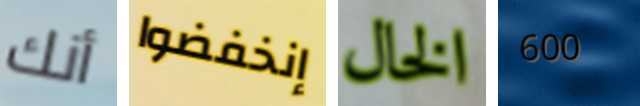
أنك إنخفضوا الخال 600